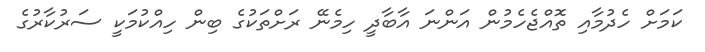
ކަމަށް ހެދުމާއި ތޮއްޖެހެމުން އަންނަ އާބާދީ ހިމެނޭ ރަށްތަކުގެ ބިން ހިއްކުމަކީ ސަރުކާރުގެ